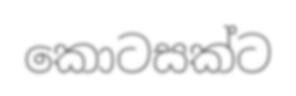
කොටසක්ට